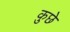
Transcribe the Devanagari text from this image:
कुछे